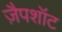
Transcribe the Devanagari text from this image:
ज़ैपशॉट